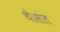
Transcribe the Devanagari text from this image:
थे।संत